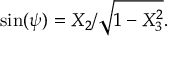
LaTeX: \sin ( \psi ) = X _ { 2 } / { \sqrt { 1 - X _ { 3 } ^ { 2 } } } .